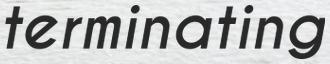
terminating